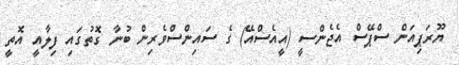
ޔޫރަޕިއަން ސްޕޭސް އެޖެންސީ (އީއެސްއޭ) ގެ ސައިންސްވެރިން ބުނާ ގޮތުގައި ފިލާއީ އޮތީ